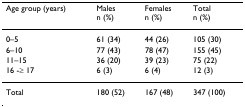
| Age group (years) | Malesn (%) | Femalesn (%) | Totaln (%) |
 | --- | --- | --- | --- |
 | 0–5 | 61 (34) | 44 (26) | 105 (30) |
 | 6–10 | 77 (43) | 78 (47) | 155 (45) |
 | 11–15 | 36 (20) | 39 (23) | 75 (22) |
 | 16 -≥ 17 | 6 (3) | 6 (4) | 12 (3) |
 | Total | 180 (52) | 167 (48) | 347 (100) |